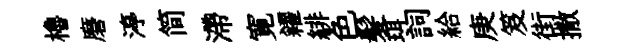
櫓磨渟简滯寛糴緋色髪珥詞給庚笈街撒